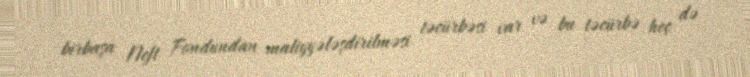
birbaşa Neft Fondundan maliyyələşdirilməsi təcürbəsi var və bu təcürbə heç də